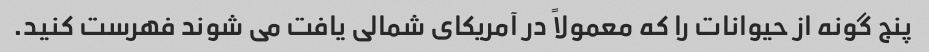
پنج گونه از حیوانات را که معمولاً در آمریکای شمالی یافت می شوند فهرست کنید.